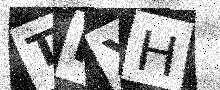
Text: TPXH